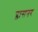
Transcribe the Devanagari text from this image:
ग्लासनर